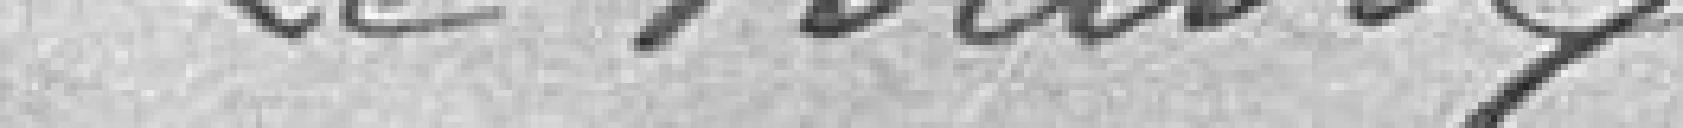
Le Maire